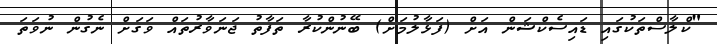
"ކްލާސްތަކުގައި ޑައިސެކްޝަން އަށް (ފަޅާލުމަށް) ބޭނުންކުރާ ތަފާތު ޖަނަވާރުތައް ވަގަށް ނެގުން ނުވަތަ